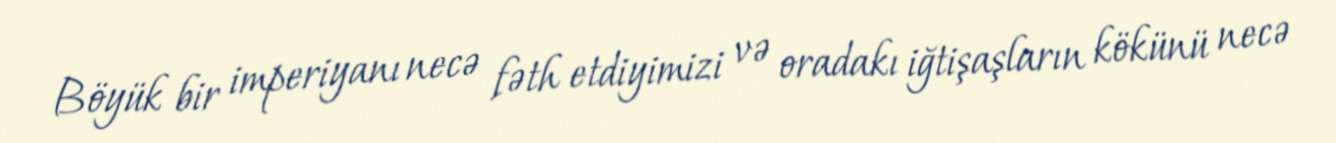
Böyük bir imperiyanı necə fəth etdiyimizi və oradakı iğtişaşların kökünü necə